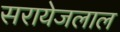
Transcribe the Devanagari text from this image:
सरायेजलाल